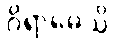
ဝိရာဓေသိ